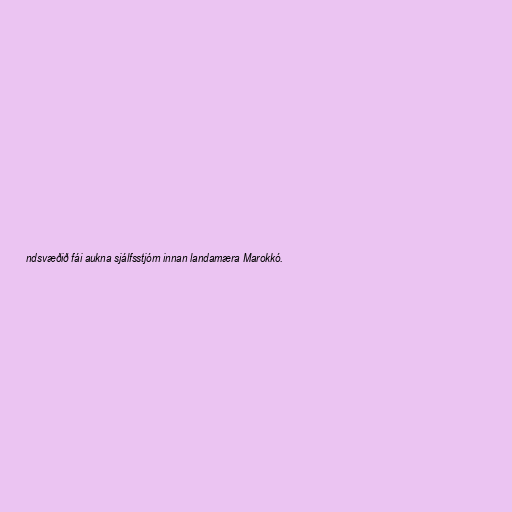
ndsvæðið fái aukna sjálfsstjórn innan landamæra Marokkó.